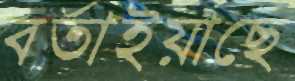
বর্তাইয়াছে